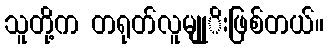
သူတို့က တရုတ်လူမျုုိးဖြစ်တယ်။